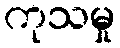
ကုသမှု